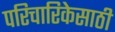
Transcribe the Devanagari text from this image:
परिचारिकेसाठी